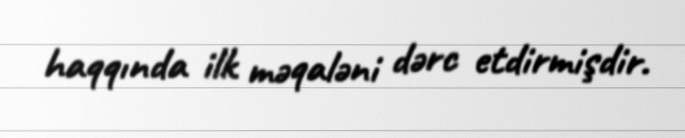
haqqında ilk məqaləni dərc etdirmişdir.